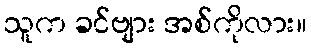
သူက ခင်ဗျား အစ်ကိုလား။